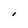
Character: I